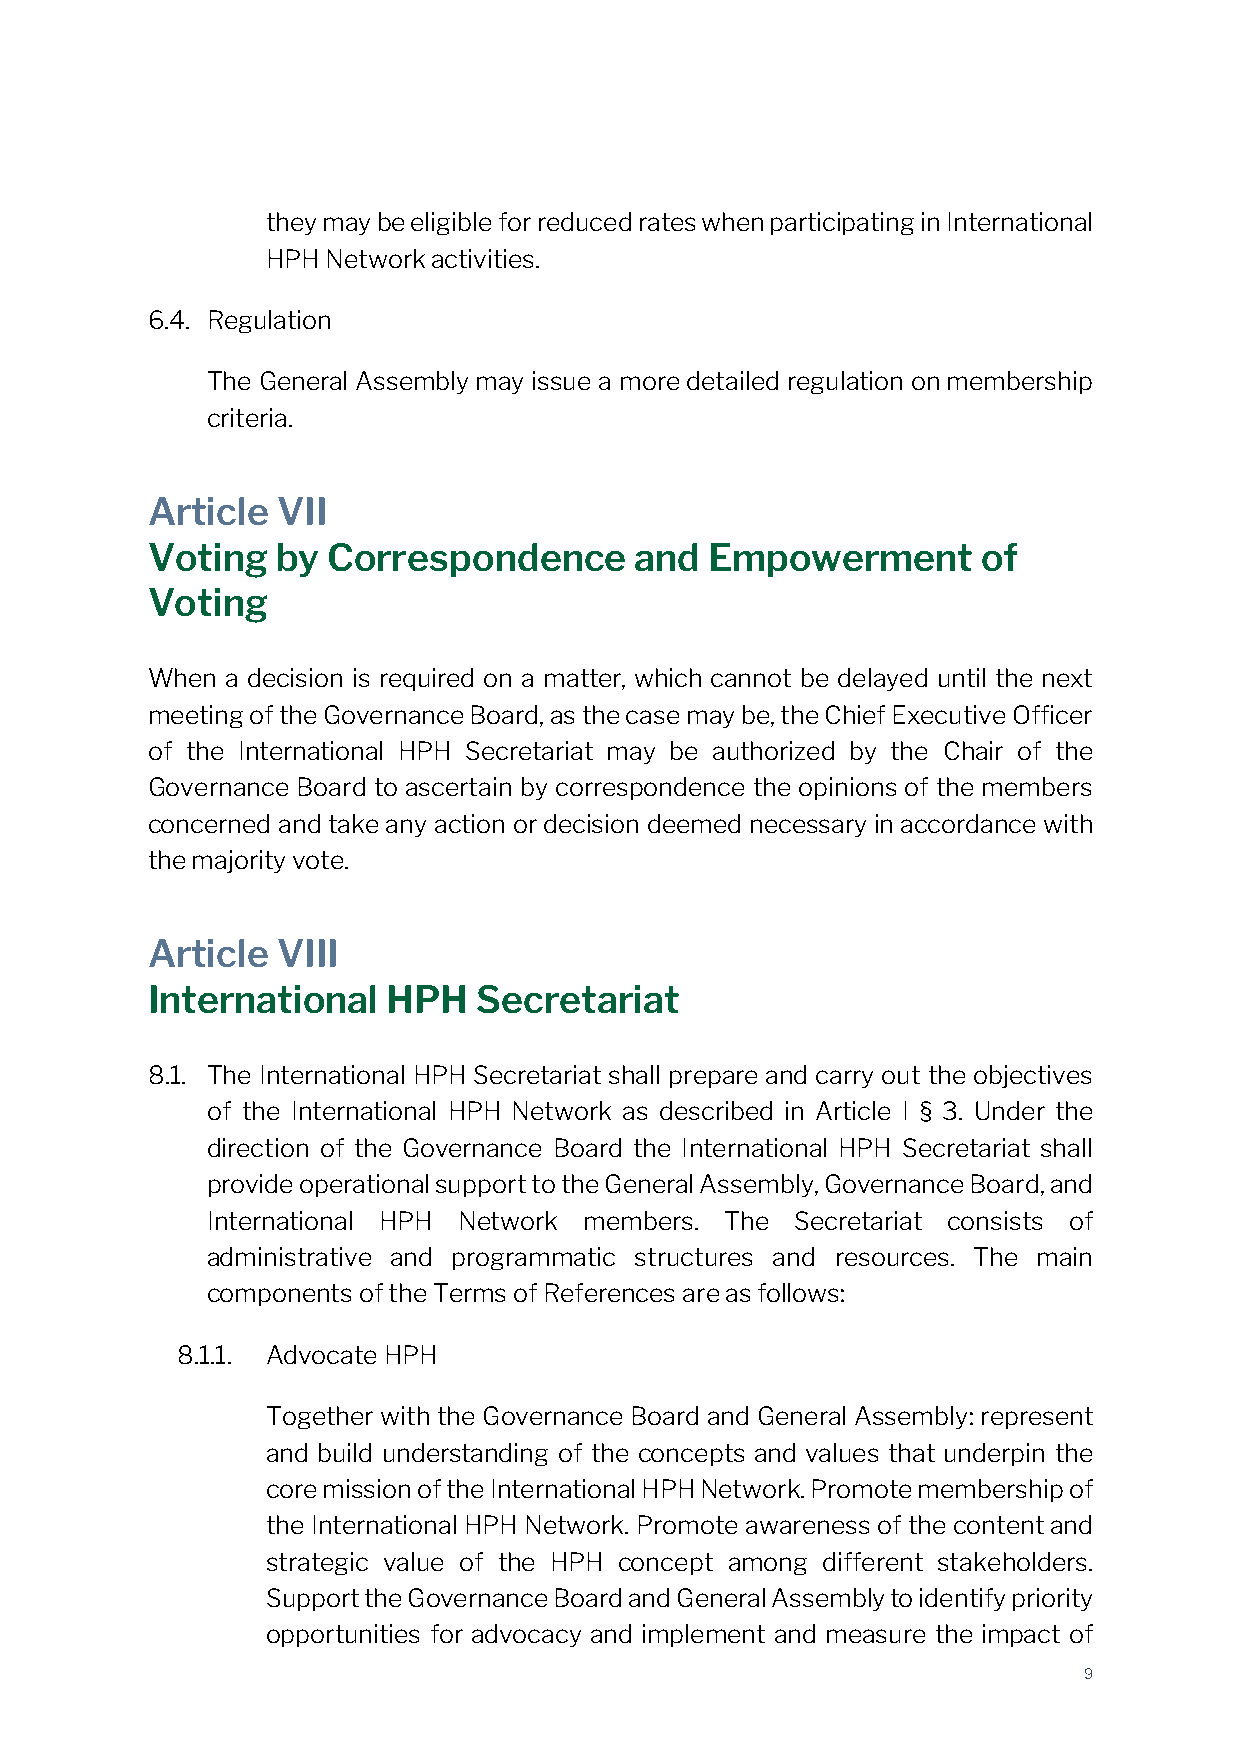
they may be eligible for reduced rates when participating in International
 HPH Network activities.
 6.4. Regulation
 The General Assembly may issue a more detailed regulation on membership
 criteria.
 Article VII
 Voting  by  Correspondence      and  Empowerment       of
 Voting
 When a decision is required on a matter, which cannot be delayed until the next
 meeting of the Governance Board, as the case may be, the Chief Executive Officer
 of the International HPH Secretariat may be authorized by the Chair of the
 Governance Board to ascertain by correspondence the opinions of the members
 concerned and take any action or decision deemed necessary in accordance with
 the majority vote.
 Article VIII
 International   HPH   Secretariat
 8.1. The International HPH Secretariat shall prepare and carry out the objectives
 of the International HPH Network as described in Article I § 3. Under the
 direction of the Governance Board the International HPH Secretariat shall
 provide operational support to the General Assembly, Governance Board, and
 International HPH Network members. The Secretariat consists of
 administrative and programmatic structures and resources. The main
 components of the Terms of References are as follows:
 8.1.1. Advocate HPH
 Together with the Governance Board and General Assembly: represent
 and build understanding of the concepts and values that underpin the
 core mission of the International HPH Network. Promote membership of
 the International HPH Network. Promote awareness of the content and
 strategic value of the HPH concept among different stakeholders.
 Support the Governance Board and General Assembly to identify priority
 opportunities for advocacy and implement and measure the impact of
 9